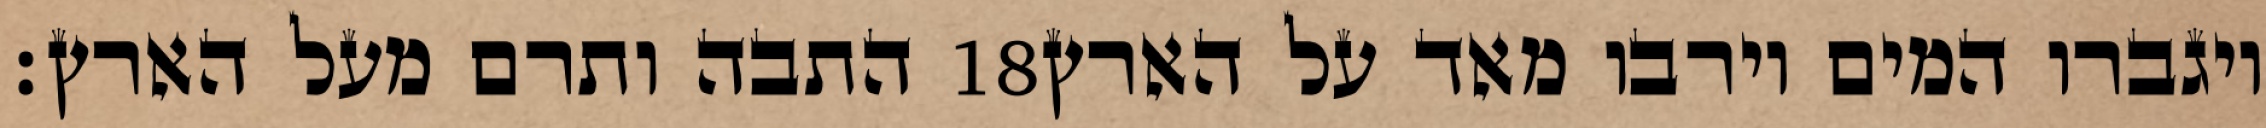
התבה ותרם מעל הארץ׃ ‎18‏ ויגברו המים וירבו מאד על הארץ